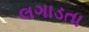
લગાડતા